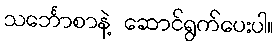
သင်္ဘောစာနဲ့ ဆောင်ရွက်ပေးပါ။